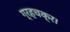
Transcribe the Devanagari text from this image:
ग्रहचक्र।